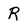
Character: R